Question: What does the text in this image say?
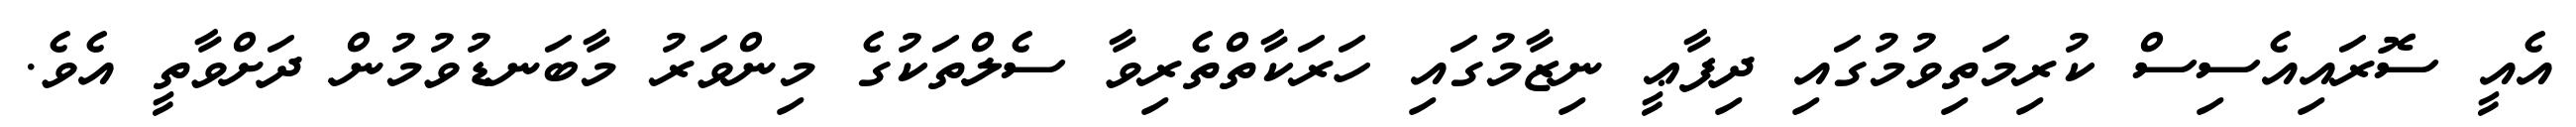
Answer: އެއީ ސޮރައިއެސިސް ކުރިމަތިވުމުގައި ދިފާޢީ ނިޒާމުގައި ހަރަކާތްތެރިވާ ސެލްތަކުގެ މިންވަރު މާބަނޑުވުމުން ދަށްވާތީ އެވެ.